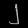
Digit: ၂